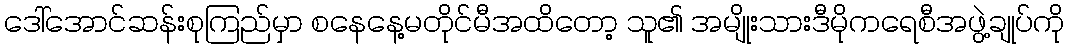
ဒေါ်အောင်ဆန်းစုကြည်မှာ စနေနေ့မတိုင်မီအထိတော့ သူ၏ အမျိုးသားဒီမိုကရေစီအဖွဲ့ချုပ်ကို